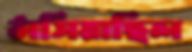
ঠাসিয়াছিল